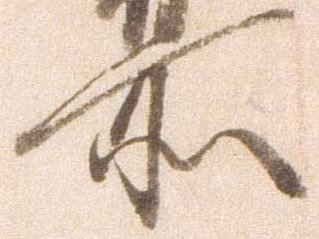
所